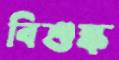
বিশুষ্ক